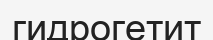
гидрогетит